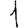
Digit: 1